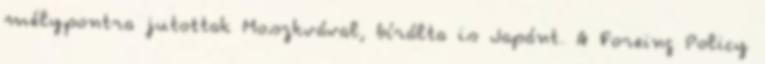
mélypontra jutottak Moszkvával, bírálta is Japánt. A Foreing Policy